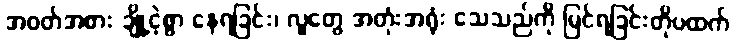
အဝတ်အစား ချို့ငဲ့စွာ နေရခြင်း၊ လူတွေ အတုံးအရုံး သေသည်ကို မြင်ရခြင်းတိုပထက်